King Institute of Preventive Medicine Micro-Biological Section reports 1909-11
Year: 1909
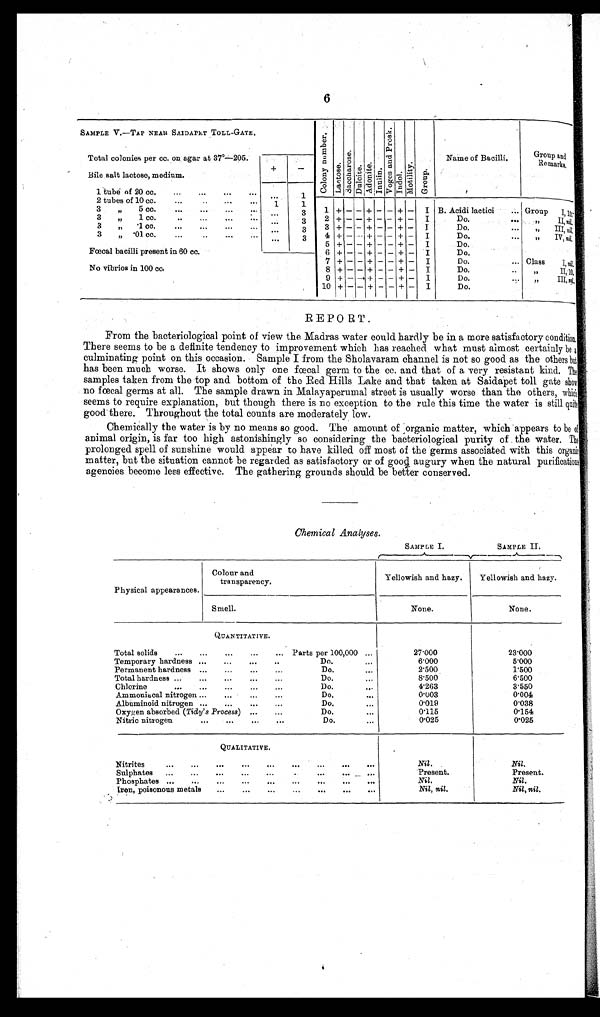
6
SAMPLE V.—TAP NEAR SAIDAPET TOLL-GATE.
C o l o n y n u m b e r
L a c t o s e
S a c c h a r o s e .
D u l c i t e
A d o n i t e .
I n u l i n .
V o g e s a n d P r o s k .
I n d o l .
Mot i l i t y.
G r o u p .
Name of Bacilli.
Group at
Remark
Total colonies per cc. on agar at 37º—205.
Bile salt lactose, medium.
+
-
1 tube of 20 cc.
1
2 tubes of 10 cc.
1
1
1 + - - + - - + -
I
B. Acidi lactici
G r o u p I , 1 0 .
3 tubes of 5 cc.
3
3 tubes of 1 cc.
3
2 + - - + - - + -
I
Do.
G r o u p I I
3
+ - - + - - + - I
Do.
G r o u p I I I ,
n i l .
3 tubes of ·1 cc.
3
4 + - - + - - + -
I
Do.
Group IV, n i l .
3 tubes of ·01 cc.
3
5 + - - + - - + - I
Do.
Fœcal bacilli present in 60 cc.
6 + - - + - - + -
I
Do.
No vibrios in 100 cc.
7
+ - - + - - + - I
Do.
Cl ass I ,
n i l
.
8 + - - + - - + -
I
Do.
Class II, 10.
9 + - - + - - + -
I
Do.
C l a s s I I I ,
n i l .
10 +
-
-
+
-
-
+
-
I
Do.
REPORT.
From the bacteriological point of view the Madras water could hardly be in a more satisfactory condition.
There seems to be a definite tendency to improvement which has reached what must almost certainly be a
culminating point on this occasion. Sample I from the Sholavaram channel is not so good as the others but
has been much worse. It shows only one fœcal germ to the cc. and that of a very resistant kind. The.
samples taken from the top and bottom of the Red Hills Lake and that taken at Saidapet toll gate show
no fœcal germs at all. The sample drawn in Malayaperumal street is usually worse than the others, which
seems to require explanation, but though there is no exception to the rule this time the water is still quite
good there. Throughout the total counts are moderately low.
Chemically the water is by no means so good. The amount of organic matter, which appears to be of
animal origin, is far too high astonishingly so considering the bacteriological purity of the water.
prolonged spell of sunshine would appear to have killed off most of the germs associated with this organic
matter, but the situation cannot be regarded as satisfactory or of good augury when the natural purifications
agencies become less effective. The gathering grounds should be better conserved.
Chemical Analyses.
SAMPLE I.
SAMPLE II.
Physical appearances.
Colour and
transparency.
Yellowish and hazy.
Yellowish and hazy.
Smell.
None.
None.
QUANTITATIVE.
Total solids
2 7 · 0 0 0
2 3 · 0 0 0
Temporary hardness
6 · 0 0 0
5 · 0 0 0
Permanent hardness
2 · 5 0 0
1 · 5 0 0
Total hardness
8 · 5 0 0
6 · 5 0 0
Chlorine
4 · 2 6 3
3 · 5 5 0
Ammoniacal nitrogen.
0 · 0 0 3
0 · 0 0 4
Albuminoid nitrogen
0 · 0 1 9
0 · 0 3 8
Oxygen absorbed ( Tidy's Process)
0 · 1 1 5
0 · 1 5 4
Nitric nitrogen
0 · 0 2 5
0 · 0 2 5
QUALITATIVE.
Nitrites
Nil.
Nil.
Present.
Present.
Sulphates
Nil.
Nil.
Phosphates
Nil, nil.
Nil, nil.
Iron, poisonous metals